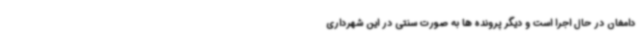
دامغان در حال اجرا است و دیگر پرونده ها به صورت سنتی در این شهرداری